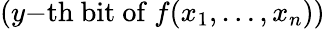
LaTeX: (y{\mathrm{-th~bit~of~}}f(x_{1},\ldots,x_{n}))